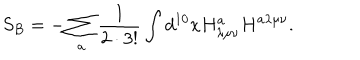
LaTeX: S _ { B } = - \sum _ { a } \frac { 1 } { 2 \cdot 3 ! } \int d ^ { 1 0 } x H _ { \lambda \mu \nu } ^ { a } H ^ { a \lambda \mu \nu } .